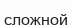
сложной